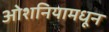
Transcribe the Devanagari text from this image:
ओशनियामधून